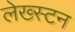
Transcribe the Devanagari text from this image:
लेख्स्टन